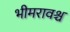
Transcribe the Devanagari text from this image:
भीमरावश्च